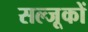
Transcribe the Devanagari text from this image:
सल्जूकों